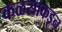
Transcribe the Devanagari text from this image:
कळसाकडून